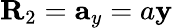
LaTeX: \mathbf{R}_{2}=\mathbf{a}_{y}=a\mathbf{y}